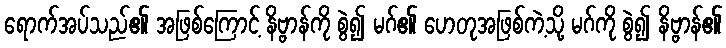
ရောက်အပ်သည်၏ အဖြစ်ကြောင့် နိဗ္ဗာန်ကို စွဲ၍ မဂ်၏ ဟေတုအဖြစ်ကဲ့သို့ မဂ်ကို စွဲ၍ နိဗ္ဗာန်၏